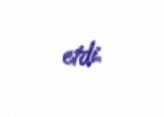
etdi.